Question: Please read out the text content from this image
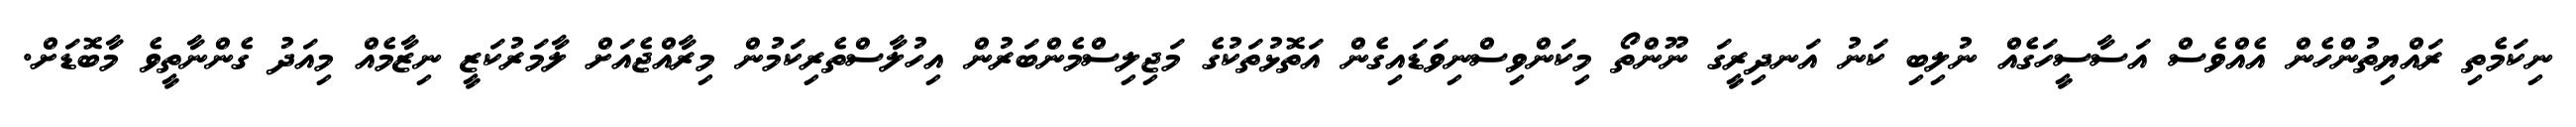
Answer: ނިކަމެތި ރައްޔިތުންހެން އެއްވެސް އަސާސީހަގެއް ނުލިބި ކަނު އަނދިރީގަ ނޫންތޯ މިކަންވިސްނިވަޑައިގެން އަތޮޅުތަކުގެ މަޖިލިސްމެންބަރުން އިހުލާސްތެރިކަމުން މިރާއްޖެއަށް ލާމަރުކަޒީ ނިޒާމެއް މިއަދު ގެންނާތީވެ މާބޮޑަށް.